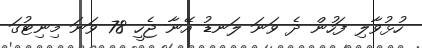
ހުޅުވާލި ފަހުން ދެ ވަނަ ލަނޑު އޭނާ ޖެހީ 78 ވަނަ މިނިޓުގަ